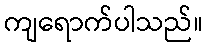
ကျရောက်ပါသည်။